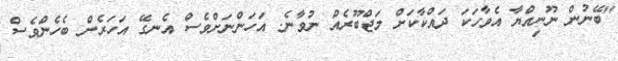
"ބޭނުން ނޫނިއްޔާ އެވާހަކަ ދައްކާކަށް މަޖްބޫރެއް ނުވާނެ. އަހަންނަށްވެސް އެނގޭ އަހަރެން ބެހެންވެސް